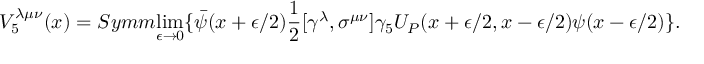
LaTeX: V _ { 5 } ^ { \lambda \mu \nu } ( x ) = S y m m { \operatorname * { l i m } _ { \epsilon \rightarrow 0 } } \{ \bar { \psi } ( x + \epsilon / 2 ) \frac { 1 } { 2 } [ \gamma ^ { \lambda } , \sigma ^ { \mu \nu } ] \gamma _ { 5 } U _ { P } ( x + \epsilon / 2 , x - \epsilon / 2 ) \psi ( x - \epsilon / 2 ) \} .